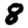
Digit: 8